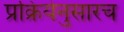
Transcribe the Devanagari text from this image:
प्रक्रियेनुसारच